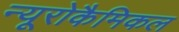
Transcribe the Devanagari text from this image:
न्यूरोकैमिकल